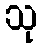
သု